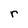
Character: r